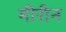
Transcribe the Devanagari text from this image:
मीरीन